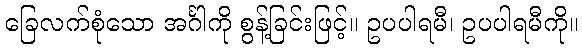
ခြေလက်စုံသော အင်္ဂါကို စွန့်ခြင်းဖြင့်။ ဥပပါရမီ၊ ဥပပါရမီကို။